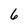
Character: 6